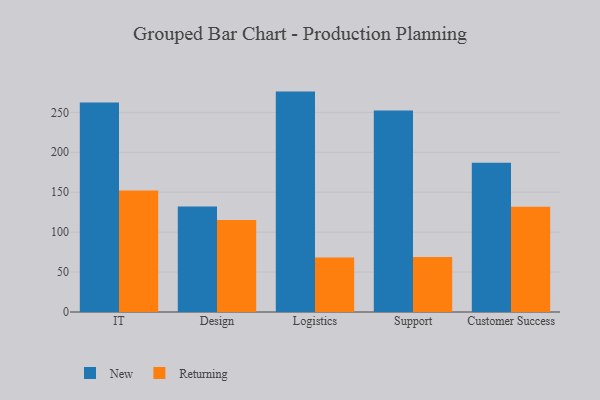
{"axis": {"x": "Department", "y": "Latency (ms)"}, "legend": ["New", "Returning"], "data": [{"x": "IT", "y": 262.3, "type": "New"}, {"x": "IT", "y": 152.1, "type": "Returning"}, {"x": "Design", "y": 132.1, "type": "New"}, {"x": "Design", "y": 115.3, "type": "Returning"}, {"x": "Logistics", "y": 276.0, "type": "New"}, {"x": "Logistics", "y": 68.2, "type": "Returning"}, {"x": "Support", "y": 252.4, "type": "New"}, {"x": "Support", "y": 68.8, "type": "Returning"}, {"x": "Customer Success", "y": 186.8, "type": "New"}, {"x": "Customer Success", "y": 131.8, "type": "Returning"}]}